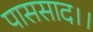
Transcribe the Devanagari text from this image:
पाससाद।।